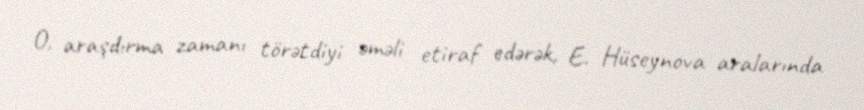
O, araşdırma zamanı törətdiyi əməli etiraf edərək, E. Hüseynova aralarında